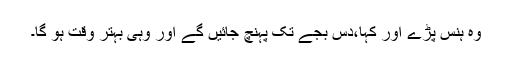
وہ ہنس پڑے اور کہا،دس بجے تک پہنچ جائیں گے اور وہی بہتر وقت ہو گا۔